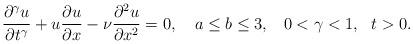
LaTeX: \begin{align*}\frac{\partial^ \gamma u}{\partial t^\gamma}+ u \frac{\partial u}{\partial x}-\nu \frac{\partial^2 u}{\partial x^2}=0,\,\,\,\,\,\,a\leq b \leq 3,\,\,\,\,\,0 < \gamma < 1,\,\,\,\,t>0.\end{align*}